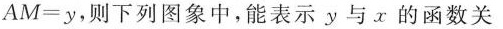
AM=y，则下列图象中，能表示y与x的函数关